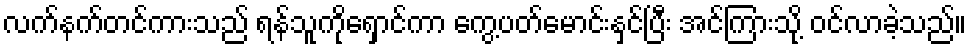
လက်နက်တင်ကားသည် ရန်သူကိုရှောင်ကာ ကွေ့ပတ်မောင်းနှင်ပြီး အင်ကြားသို့ ဝင်လာခဲ့သည်။